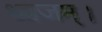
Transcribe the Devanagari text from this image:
ध्वजम्।